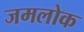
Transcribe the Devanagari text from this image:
जमलोक